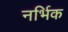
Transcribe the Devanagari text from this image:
नर्भिक